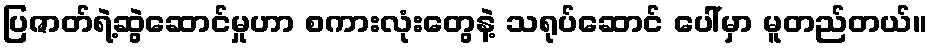
ပြဇာတ်ရဲ့ဆွဲဆောင်မှုဟာ စကားလုံးတွေနဲ့ သရုပ်ဆောင် ပေါ်မှာ မူတည်တယ်။